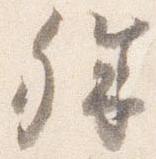
殊